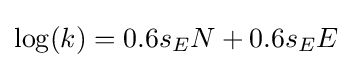
\log(k)=0.6s_{E}N+0.6s_{E}E